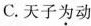
C. 天子为动